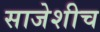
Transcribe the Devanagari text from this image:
साजेशीच